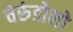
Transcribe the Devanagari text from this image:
चेरुंडोलो